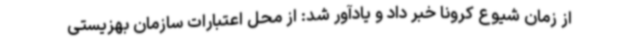
از زمان شیوع کرونا خبر داد و یادآور شد: از محل اعتبارات سازمان بهزیستی